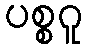
ပစ္စဂူ